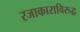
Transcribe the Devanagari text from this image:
रजाकाराविरुद्ध